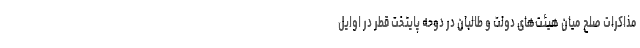
مذاکرات صلح میان هیئت‌های دولت و طالبان در دوحه پایتخت قطر در اوایل